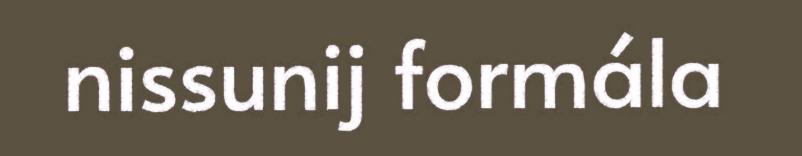
nissunij formála